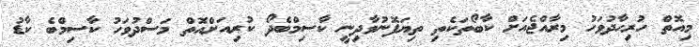
މިއޮތް ހުރިހާދުވަހު މިރާއްޖެއަށް ކާބޯތަކެތި ތިޔަފޮނުވާދިނީ ކާސިމްބެދޯ ކުރިއަށްއޮތް މަސްދުވަހު ކާސިމްބެ ކާޑު